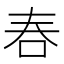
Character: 𠰫